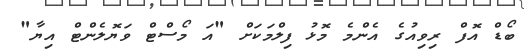
ބޯޑް އޮފް ރިވިއުގެ އެންމެ މޮޅު ފިލްމަކަށް "އަ މޯސްޓް ވަޔޮލެންޓް އިޔާ"